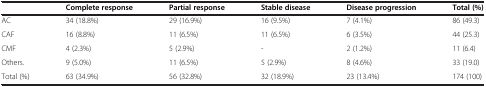
|  | Complete response | Partial response | Stable disease | Disease progression | Total (%) |
 | --- | --- | --- | --- | --- | --- |
 | AC | 34 (18.8%) | 29 (16.9%) | 16 (9.5%) | 7 (4.1%) | 86 (49.3) |
 | CAF | 16 (8.8%) | 11 (6.5%) | 11 (6.5%) | 6 (3.5%) | 44 (25.3) |
 | CMF | 4 (2.3%) | 5 (2.9%) | - | 2 (1.2%) | 11 (6.4) |
 | Others. | 9 (5.0%) | 11 (6.5%) | 5 (2.9%) | 8 (4.6%) | 33 (19.0) |
 | Total (%) | 63 (34.9%) | 56 (32.8%) | 32 (18.9%) | 23 (13.4%) | 174 (100) |